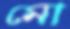
মো